Calcutta medical institutions reports 1871-78
Year: 1871
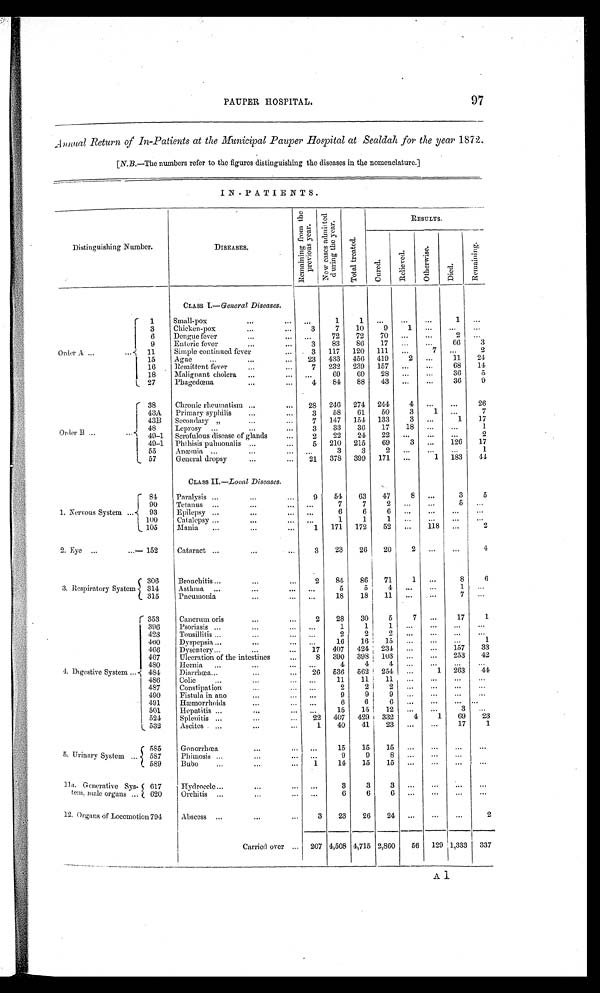
PAUPER HOSPITAL.
97
Annual Return of In-Patients at the Municipal Pauper Hospital at Sealdah for the year 1872.
[N.B.—The numbers refer to the figures distinguishing the diseases in the nomenclature.]
IN-PATIENTS.
Distinguishing Number.
DISEASES.
R e m a i n i n g f r o m t h e p r e v i o u s y e a r .
N e w c a s e s a d m i t t e d d u r i n g t h e y e a r .
T o t a l t r e a t e d .
RESULTS.
C u r e d .
R e l i e v e d .
O t h e r w i s e .
D i e d .
Remai ni ng.
CLASS I .— General Diseases.
Order A
1
Small-pox
...
1
1
. . .
. . .
. . . 1 ...
3
Chicken-pox
3
7
10
9
1
. . .
...
. . .
6
Dengue fever
..
72
72
70 ...
...
2
. . .
9
Enteric fever
3
83
86
17 ...
...
66
3
11
Simple continued fever
3 117 120 111
...
7 ...
2
15
Ague
23 433 456 419
2
. . . 11
24
16
Remittent fever
7
232 239 157 ...
...
68
11
18
Malignant cholera
...
69
69
28 ...
...
36
5
27
Phageœna
4
84
88
43 ...
...
36
9
Order B
38
Chronic rheumatism
28 246 274 244
4
...
...
26
43A
Primary syphilis
3
58
61
50
3
1
...
7
43B
Secondary ,,
7 147 154 133
3
. . .
1
17
48
Leprosy
3
33
36
17
18 ...
...
1
49-1 Scrofulous disease of glands
2
22
24
22
. . .
. . .
...
2
4. 9-1 Phthisis puhnonalis
5 210 215
69
3 ...
126
17
55
Anæmia
. . .
3
3
2
. . .
. . .
. . .
1
57
General dropsy
21 378 399 171
...
1 183
44
CLASS II. —Local Diseases.
1. Nervous System
84
Paralysis
9
54
63
47
8
...
3
5
90
Tetanus
. . .
7
7
2
. . .
. . .
5 . . .
93
Epilepsy
. . .
6
6
6
. . .
. . .
. . .
. . .
100
Catalepsy
. . .
1
1
1
. . .
. . .
. . .
. . .
105
Mania
1 171 172
52 ...
118 ...
2
2. Eye
152
Cataract
3
23
26
20
2
. . .
...
4
3. Respiratory System
306
Bronchitis
2
84
86
71
1
. . .
8
6
314
Asthma
. . .
5
5
4
. . .
. . .
1
. . .
315
Pneumonia
. . .
1 8 18
11
...
. . .
7
. . .
4. Digestive System
353
Cancrum oris
2
28
30
5
7
. . .
17
1
396
Psoriasis
...
1
1
1
. . .
. . .
. . .
. . .
423
Tonsillitis
...
2
2
2
. . .
. . .
. . .
. . .
460
Dyspepsia
...
16
16
15
...
...
...
1
466
Dysentery
17 407 424 234 ...
...
157
3 3
467
Ulceration of the intestines
8 390 398 103
...
...
253
42
480
Hernia
...
4
4
4
. . .
. . .
...
. . .
484
Diarrhœa
26 536 562 254 ...
1 263
44
486
Colic
. . .
11
11
11
...
...
. . . . . .
487
Constipation
...
2
2
2
. . .
. . .
...
. . .
490
Fistula in ano
...
9
9
9
. . .
. . .
...
. . .
491
Hæmorrhoids
. . .
6
6
6
. . .
. . .
...
. . .
501
Hepatitis
. . .
15
15
12 ...
... 3
. . .
524
Splenitis
22 407 429 332
4
1
6 9
2 3
532
Ascites
1
40
41
23 ...
. . .
1 7
1
5 . Urinary System
585
Gonorrhœa
...
15
15
15 ...
. . .
...
. . .
587
Phimosis
. . .
9
9
8
. . .
. . .
...
. . .
589
Bubo
1
14
15
15 ...
. . .
...
...
11a. Generative Sys-
tem, male organs
617
Hydrocele
. . .
3
3
3
. . .
. . .
...
. . .
620
Orchitis
...
6
6
6
. . .
. . .
...
. . .
12. Organs ofL o c o m o t i o n
7 9 4
Abscess
3
23
26
24
. . .
... ...
2
Carried over
207 4,508 4,715 2,860
56 129 1,333 337
A 1